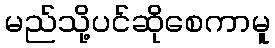
မည်သို့ပင်ဆိုစေကာမူ